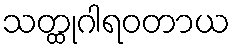
သတ္ထုဂါရဝတာယ